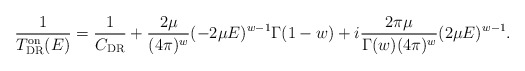
\begin{align*}\frac{1}{T^{\rm on}_{\rm DR}(E)}=\frac{1}{C_{\rm DR}} + \frac{2 \mu}{(4 \pi)^{w}} (-2 \mu E)^{w-1} \Gamma(1-w) + i \frac{2 \pi \mu}{\Gamma(w) (4 \pi)^{w}} (2 \mu E)^{w - 1}.\end{align*}